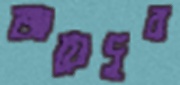
জায়েদুর